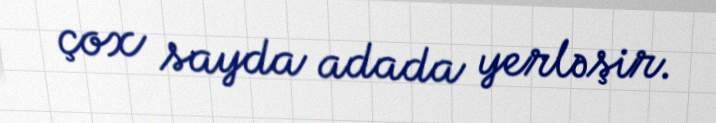
çox sayda adada yerləşir.